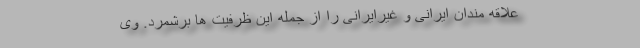
علاقه مندان ایرانی و غیرایرانی را از جمله این ظرفیت ها برشمرد. وی